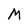
Character: M